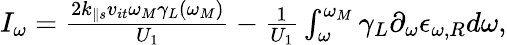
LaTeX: \begin{array}{r}{I_{\omega}=\frac{2k_{\parallel s}v_{it}\omega_{M}\gamma_{L}(\omega_{M})}{U_{1}}-\frac{1}{U_{1}}\int_{\omega}^{\omega_{M}}\gamma_{L}\partial_{\omega}\epsilon_{\omega,R}d\omega,}\end{array}